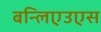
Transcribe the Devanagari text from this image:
बन्लिएउएस